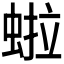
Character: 𬠏